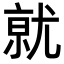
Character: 𭕒